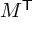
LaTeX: M ^ { \mathsf { T } }